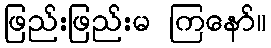
ဖြည်းဖြည်းမ ကြနော်။